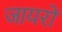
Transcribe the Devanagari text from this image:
जायरों